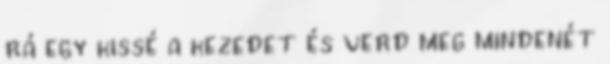
rá egy kissé a kezedet és verd meg mindenét